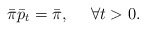
\begin{align*}\bar \pi\bar p_t = \bar \pi,~~~~\forall t>0.\end{align*}